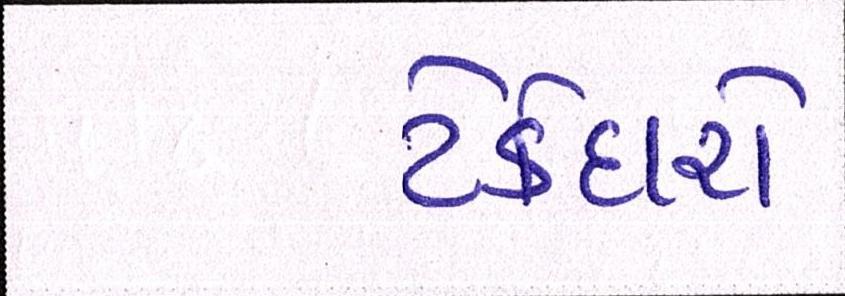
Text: ટેકેદારો